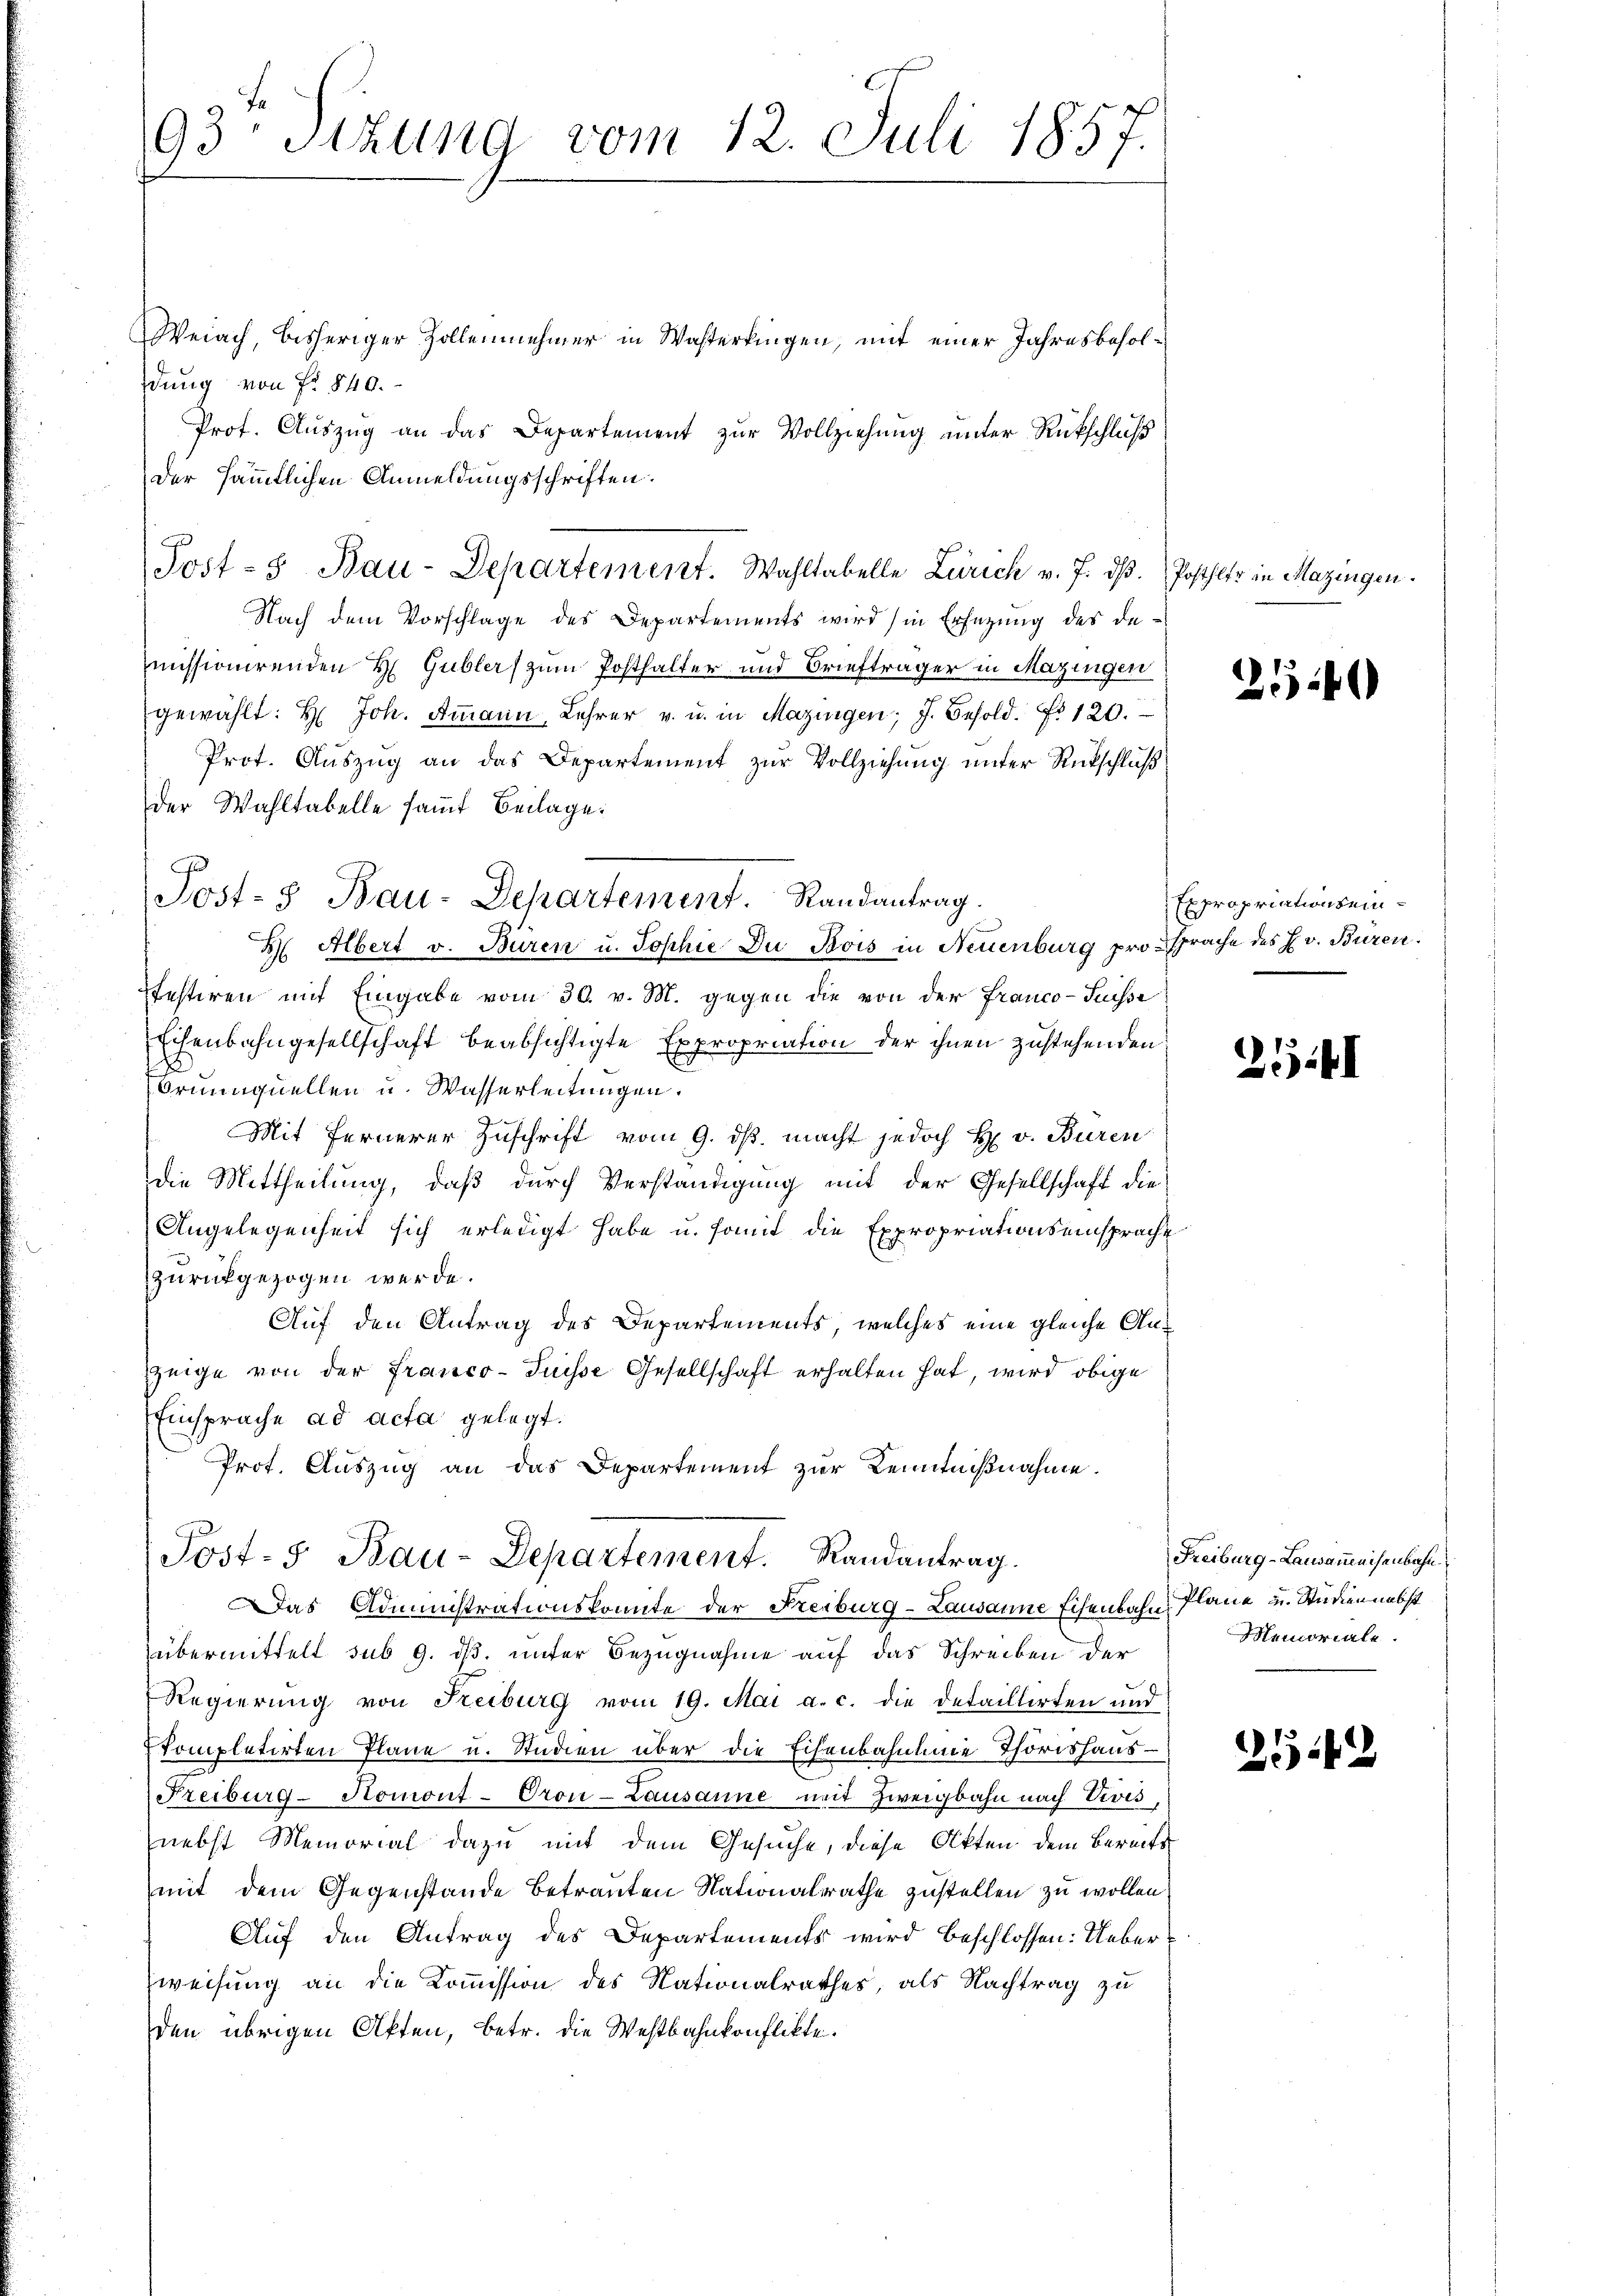
93 schung vom 12. Juli 1857.

Weiach, bisheriger Zollennehmer in Wasterkingen, mit einer Jahresbesoldung von Fr. 540.
Prot. Auszug an das Departement zur Vollziehung unter Rückschluß
der sämmtlichen Anmeldungsschriften.
Nach dem Vorschlage des Departements wird in Ersezung des de-
missionirenden H. Gubler zum Posthalter und Briefträger in Mazingen
gewählt: H: Joh. Ammann, Lehrer v. u. in Mazingen; J. Besold. No 120.
Prot. Auszug an das Departement zur Vollziehung unter Rückschluß
der Wahltabelle samt Beilage.
H. Albert v. Büren u. Sophie Du Bois in Neuenburg pro sprache des H. v. Büren.
festiren mit Eingabe vom 30. v. M. gegen die von der Franco- Puisse
Echenbahngesellschaft beabsichtigte Expropriation der ihnen zustehenden
Brunnquellen u. Wasserleitungen.
Mit fernerer Zuschrift vom 9. ds. macht jedoch H. v. Buren
die Mittheilung, daß durch Verständigung mit der Gesellschaft die
Angelegenheit sich erledigt habe u. somit die Expropriationseinsprache
zurückgezogen werde.
Auf den Antrag des Departements, welches eine gleiche Anzeige von der Franco- Puisse Gesellschaft erhalten hat, wird obige
Einsprache ad acta gelegt.
Prof. Auszug an das Departement zur Kenntnißnahme.
Post- 5. Bau-Departement. Randantrag.
Das Administrationskomite der Reiburg-Lausanne Eisenbahn Plane u. Studien nebst
übermittelt sub 9. ds. unter Bezugnahme auf das Schreiben der
Regierung von Reiburg vom 19. Mai a. c. die Detaillirten und
kompletirten Pläne u. Studien über die Eisenbahnlinie Thorishaus-
Freiburg-Romont-Oron-Lausanne mit Zweigbahn nach Vivis,
nebst Memorial dazu mit dem Gesuche, diese Akten dem Bereits
mit dem Gegenstände betrauten Nationalrathe zustellen zu wollen.
Auf den Antrag des Departements wird beschlossen: Ueber¬
Zweisung an die Kommission des Nationalrathes, als Nachtrag zu
den übrigen Akten, betr. die Westbahnkonflikte.

Post- Bau-Departement. Wahltabelle Zürich v. J. dβ. Posthlts in Mazingen.

Jost- Bau-Departement. Randantrag.

254

Expropriationsein¬

2141

Freiburg-Lausammeisenbahn
Memoriale.

22542